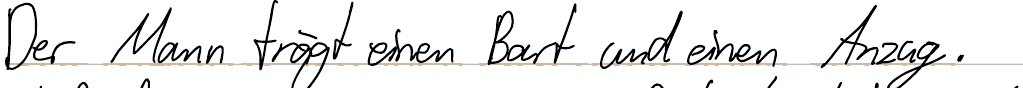
Der Mann trägt einen Bart und einen Anzug.